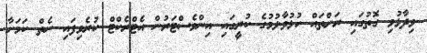
ވިދާޅުވި ގޮތުގައި ރަށްތައް ހުޅުވާލުމުގެ ކުރީގައި އިންވެސްޓަރުން އެޓްރެކްޓް ކުރެވިފައި ނެތް ކަމަށާ